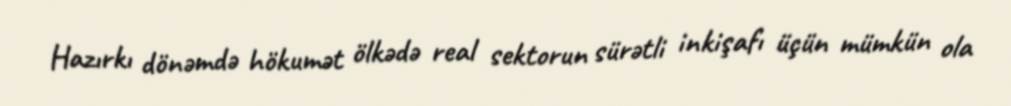
Hazırkı dönəmdə hökumət ölkədə real sektorun sürətli inkişafı üçün mümkün ola